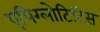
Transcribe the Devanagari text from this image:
एपिग्लोटिटिस